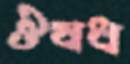
ঔষধ